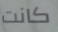
كانت